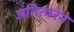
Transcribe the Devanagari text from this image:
अतित्वरेने